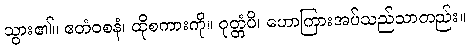
သွား၏။ ဧတံဝစနံ၊ ထိုစကားကို။ ဝုတ္တံပိ၊ ဟောကြားအပ်သည်သာတည်း။